Scottish Certificate of Education, 1962
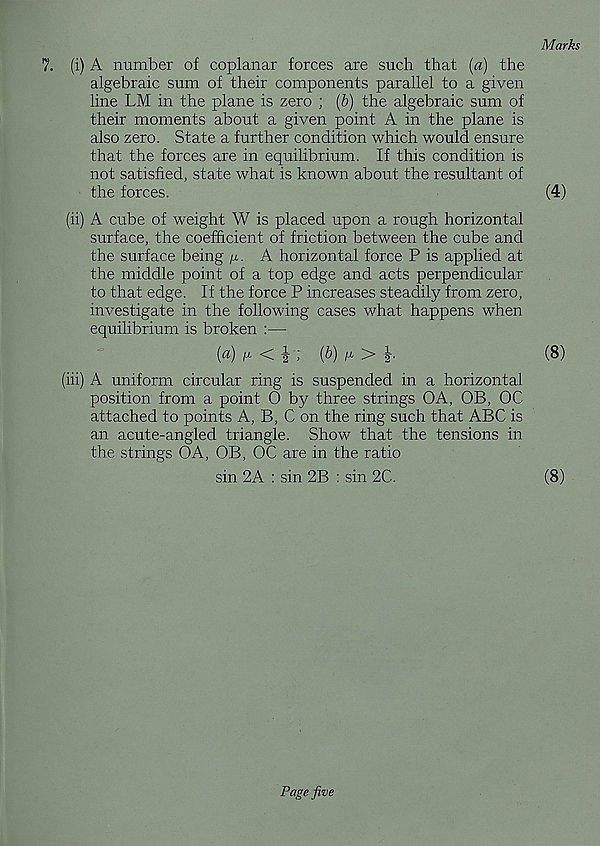
Marks
7. (i) A number of coplanar forces are such that {a) the
algebraic sum of their components parallel to a given
line LM in the plane is zero ; (b) the algebraic sum of
their moments about a given point A in the plane is
also zero. State a further condition which would ensure
that the forces are in equilibrium. If this condition is
not satisfied, state what is known about the resultant of
the forces.
(4)
(ii) A cube of weight W is placed upon a rough horizontal
surface, the coefficient of friction between the cube and
the surface being
A horizontal force P is applied at
the middle point of a top edge and acts perpendicular
to that edge. If the force P increases steadily from zero,
investigate in the following cases what happens when
equilibrium is broken :—
[a) fr <!
(fr) / x
(8)
(iii) A uniform circular ring is suspended in a horizontal
position from a point O by three strings OA, OB, OC
attached to points A, B, C on the ring such that ABC is
an acute-angled triangle. Show that the tensions in
the strings OA, OB, OC are in the ratio
sin 2A : sin 2B : sin 2C.
(8)
Page five